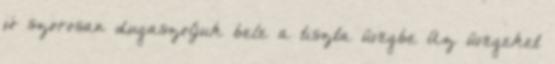
jó szorosan dugaszoljuk bele a tiszta üvegbe Az üvegeket